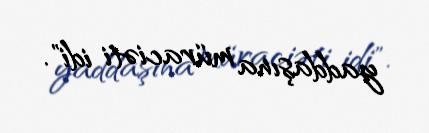
yaddaşına müraciəti idi".